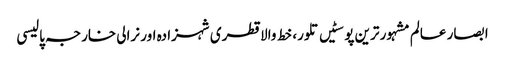
ابصار عالم	مشہور ترین پوسٹیں	تلور، خط والا قطری شہزادہ اور نرالی خارجہ پالیسی